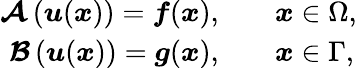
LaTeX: \begin{array}{rl}{\boldsymbol{\mathcal{A}}\left(\boldsymbol{u}(\boldsymbol{x})\right)=\boldsymbol{f}(\boldsymbol{x}),\quad}&{\boldsymbol{x}\in\Omega,}\\ {\boldsymbol{\mathcal{B}}\left(\boldsymbol{u}(\boldsymbol{x})\right)=\boldsymbol{g}(\boldsymbol{x}),\quad}&{\boldsymbol{x}\in\Gamma,}\end{array}